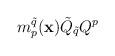
LaTeX: \begin{align*}m^{\tilde{q}}_p({\bf x}) \tilde{Q}_{\tilde{q}} Q^p \end{align*}